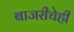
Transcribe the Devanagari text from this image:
बाजरीचेही